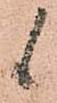
候